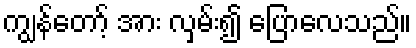
ကျွန်တော့် အား လှမ်း၍ ပြောလေသည်။